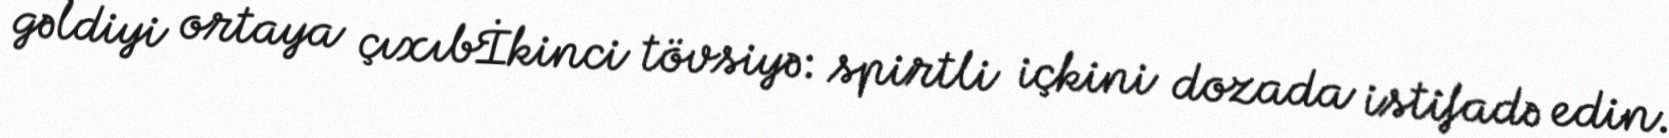
gəldiyi ortaya çıxıbİkinci tövsiyə: spirtli içkini dozada istifadə edin.